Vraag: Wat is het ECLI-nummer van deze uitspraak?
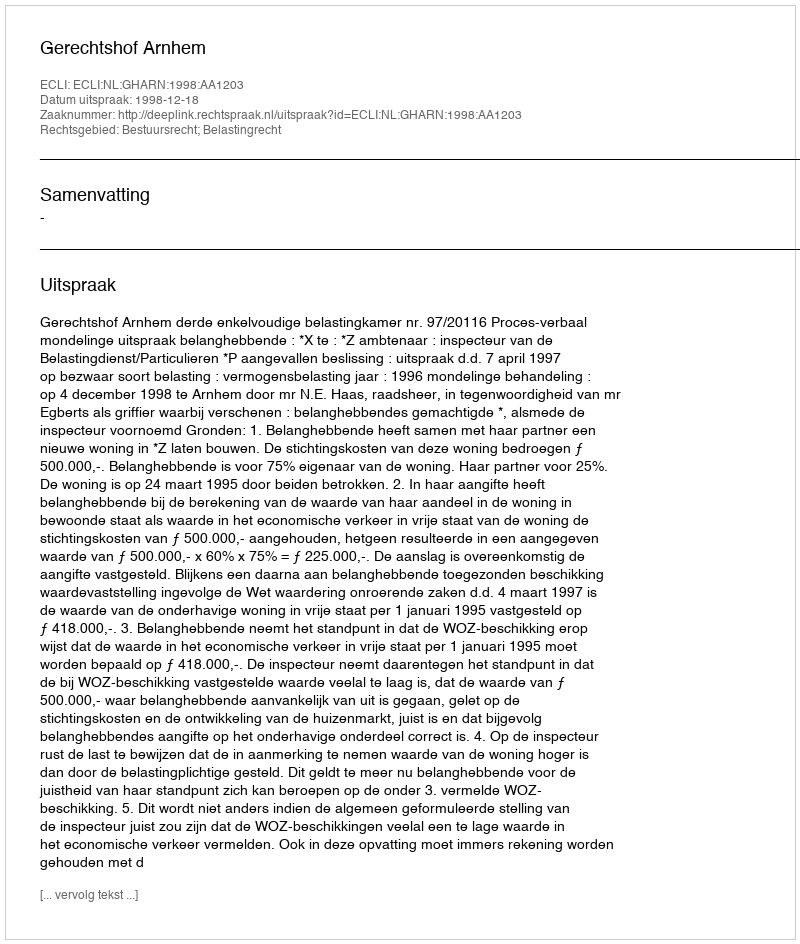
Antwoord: ECLI:NL:GHARN:1998:AA1203